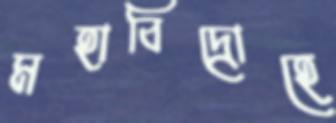
মহাবিদ্রোহে